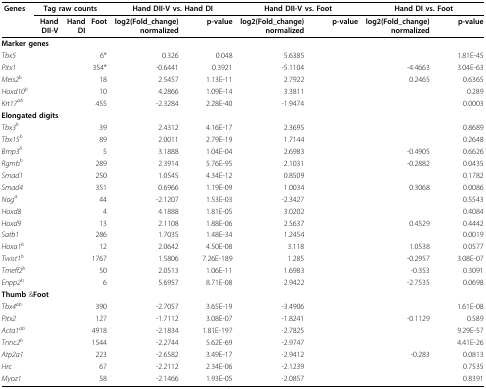
<table><thead><tr><td><b>Genes</b></td><td colspan="3"><b>Tag raw counts</b></td><td colspan="2"><b>Hand DII-V vs. Hand DI</b></td><td colspan="2"><b>Hand DII-V vs. Foot</b></td><td colspan="2"><b>Hand DI vs. Foot</b></td></tr><tr><td>[EMPTY_CELL]</td><td><b>Hand DII-V</b></td><td><b>Hand DI</b></td><td><b>Foot</b></td><td><b>log2(Fold_change) normalized</b></td><td><b>p-value</b></td><td><b>log2(Fold_change) normalized</b></td><td><b>p-value</b></td><td><b>log2(Fold_change) normalized</b></td><td><b>p-value</b></td></tr></thead><tbody><tr><td colspan="4"><b>Marker genes</b></td><td>[EMPTY_CELL]</td><td>[EMPTY_CELL]</td><td>[EMPTY_CELL]</td><td>[EMPTY_CELL]</td><td>[EMPTY_CELL]</td><td>[EMPTY_CELL]</td></tr><tr><td><i>Tbx5</i></td><td>[EMPTY_CELL]</td><td>[EMPTY_CELL]</td><td>6*</td><td>0.326</td><td>0.048</td><td>5.6385</td><td>[EMPTY_CELL]</td><td>[EMPTY_CELL]</td><td>1.81E-45</td></tr><tr><td><i>Pitx1</i></td><td>[EMPTY_CELL]</td><td>[EMPTY_CELL]</td><td>354*</td><td>-0.6441</td><td>0.3921</td><td>-5.1104</td><td>[EMPTY_CELL]</td><td>-4.4663</td><td>3.04E-63</td></tr><tr><td><i>Meis2</i><sup><i>b</i></sup></td><td>[EMPTY_CELL]</td><td>[EMPTY_CELL]</td><td>18</td><td>2.5457</td><td>1.13E-11</td><td>2.7922</td><td>[EMPTY_CELL]</td><td>0.2465</td><td>0.6365</td></tr><tr><td><i>Hoxd10</i><sup><i>b</i></sup></td><td>[EMPTY_CELL]</td><td>[EMPTY_CELL]</td><td>10</td><td>4.2866</td><td>1.09E-14</td><td>3.3811</td><td>[EMPTY_CELL]</td><td>[EMPTY_CELL]</td><td>0.289</td></tr><tr><td><i>Krt17</i><sup><i>ab</i></sup></td><td>[EMPTY_CELL]</td><td>[EMPTY_CELL]</td><td>455</td><td>-2.3284</td><td>2.28E-40</td><td>-1.9474</td><td>[EMPTY_CELL]</td><td>[EMPTY_CELL]</td><td>0.0003</td></tr><tr><td colspan="4"><b>Elongated digits</b></td><td>[EMPTY_CELL]</td><td>[EMPTY_CELL]</td><td>[EMPTY_CELL]</td><td>[EMPTY_CELL]</td><td>[EMPTY_CELL]</td><td>[EMPTY_CELL]</td></tr><tr><td><i>Tbx3</i><sup><i>b</i></sup></td><td>[EMPTY_CELL]</td><td>[EMPTY_CELL]</td><td>39</td><td>2.4312</td><td>4.16E-17</td><td>2.3695</td><td>[EMPTY_CELL]</td><td>[EMPTY_CELL]</td><td>0.8689</td></tr><tr><td><i>Tbx15</i><sup><i>b</i></sup></td><td>[EMPTY_CELL]</td><td>[EMPTY_CELL]</td><td>89</td><td>2.0011</td><td>2.79E-19</td><td>1.7144</td><td>[EMPTY_CELL]</td><td>[EMPTY_CELL]</td><td>0.2648</td></tr><tr><td><i>Bmp3</i><sup><i>b</i></sup></td><td>[EMPTY_CELL]</td><td>[EMPTY_CELL]</td><td>5</td><td>3.1888</td><td>1.04E-04</td><td>2.6983</td><td>[EMPTY_CELL]</td><td>-0.4905</td><td>0.6626</td></tr><tr><td><i>Rgmb</i><sup><i>b</i></sup></td><td>[EMPTY_CELL]</td><td>[EMPTY_CELL]</td><td>289</td><td>2.3914</td><td>5.76E-95</td><td>2.1031</td><td>[EMPTY_CELL]</td><td>-0.2882</td><td>0.0435</td></tr><tr><td><i>Smad1</i></td><td>[EMPTY_CELL]</td><td>[EMPTY_CELL]</td><td>250</td><td>1.0545</td><td>4.34E-12</td><td>0.8509</td><td>[EMPTY_CELL]</td><td>[EMPTY_CELL]</td><td>0.1782</td></tr><tr><td><i>Smad4</i></td><td>[EMPTY_CELL]</td><td>[EMPTY_CELL]</td><td>351</td><td>0.6966</td><td>1.19E-09</td><td>1.0034</td><td>[EMPTY_CELL]</td><td>0.3068</td><td>0.0086</td></tr><tr><td><i>Nog</i><sup><i>a</i></sup></td><td>[EMPTY_CELL]</td><td>[EMPTY_CELL]</td><td>44</td><td>-2.1207</td><td>1.53E-03</td><td>-2.3427</td><td>[EMPTY_CELL]</td><td>[EMPTY_CELL]</td><td>0.5543</td></tr><tr><td><i>Hoxd8</i></td><td>[EMPTY_CELL]</td><td>[EMPTY_CELL]</td><td>4</td><td>4.1888</td><td>1.81E-05</td><td>3.0202</td><td>[EMPTY_CELL]</td><td>[EMPTY_CELL]</td><td>0.4084</td></tr><tr><td><i>Hoxd9</i></td><td>[EMPTY_CELL]</td><td>[EMPTY_CELL]</td><td>13</td><td>2.1108</td><td>1.88E-06</td><td>2.5637</td><td>[EMPTY_CELL]</td><td>0.4529</td><td>0.4442</td></tr><tr><td><i>Satb1</i></td><td>[EMPTY_CELL]</td><td>[EMPTY_CELL]</td><td>286</td><td>1.7035</td><td>1.48E-34</td><td>1.2454</td><td>[EMPTY_CELL]</td><td>[EMPTY_CELL]</td><td>0.0019</td></tr><tr><td><i>Hoxa1</i><sup><i>b</i></sup></td><td>[EMPTY_CELL]</td><td>[EMPTY_CELL]</td><td>12</td><td>2.0642</td><td>4.50E-08</td><td>3.118</td><td>[EMPTY_CELL]</td><td>1.0538</td><td>0.0577</td></tr><tr><td><i>Twist1</i><sup><i>b</i></sup></td><td>[EMPTY_CELL]</td><td>[EMPTY_CELL]</td><td>1767</td><td>1.5806</td><td>7.26E-189</td><td>1.285</td><td>[EMPTY_CELL]</td><td>-0.2957</td><td>3.08E-07</td></tr><tr><td><i>Tmeff2</i><sup><i>b</i></sup></td><td>[EMPTY_CELL]</td><td>[EMPTY_CELL]</td><td>50</td><td>2.0513</td><td>1.06E-11</td><td>1.6983</td><td>[EMPTY_CELL]</td><td>-0.353</td><td>0.3091</td></tr><tr><td><i>Enpp2</i><sup><i>b</i></sup></td><td>[EMPTY_CELL]</td><td>[EMPTY_CELL]</td><td>6</td><td>5.6957</td><td>8.71E-08</td><td>2.9422</td><td>[EMPTY_CELL]</td><td>-2.7535</td><td>0.0698</td></tr><tr><td colspan="4"><b>Thumb </b>&amp;<b>Foot</b></td><td>[EMPTY_CELL]</td><td>[EMPTY_CELL]</td><td>[EMPTY_CELL]</td><td>[EMPTY_CELL]</td><td>[EMPTY_CELL]</td><td>[EMPTY_CELL]</td></tr><tr><td><i>Tbx4</i><sup><i>ab</i></sup></td><td>[EMPTY_CELL]</td><td>[EMPTY_CELL]</td><td>390</td><td>-2.7057</td><td>3.65E-19</td><td>-3.4906</td><td>[EMPTY_CELL]</td><td>[EMPTY_CELL]</td><td>1.61E-08</td></tr><tr><td><i>Pitx2</i></td><td>[EMPTY_CELL]</td><td>[EMPTY_CELL]</td><td>127</td><td>-1.7112</td><td>3.08E-07</td><td>-1.8241</td><td>[EMPTY_CELL]</td><td>-0.1129</td><td>0.589</td></tr><tr><td><i>Acta1</i><sup><i>ab</i></sup></td><td>[EMPTY_CELL]</td><td>[EMPTY_CELL]</td><td>4918</td><td>-2.1834</td><td>1.81E-197</td><td>-2.7825</td><td>[EMPTY_CELL]</td><td>[EMPTY_CELL]</td><td>9.29E-57</td></tr><tr><td><i>Tnnc2</i><sup><i>b</i></sup></td><td>[EMPTY_CELL]</td><td>[EMPTY_CELL]</td><td>1544</td><td>-2.2744</td><td>5.62E-69</td><td>-2.9747</td><td>[EMPTY_CELL]</td><td>[EMPTY_CELL]</td><td>4.41E-26</td></tr><tr><td><i>Atp2a1</i></td><td>[EMPTY_CELL]</td><td>[EMPTY_CELL]</td><td>223</td><td>-2.6582</td><td>3.49E-17</td><td>-2.9412</td><td>[EMPTY_CELL]</td><td>-0.283</td><td>0.0813</td></tr><tr><td><i>Hrc</i></td><td>[EMPTY_CELL]</td><td>[EMPTY_CELL]</td><td>67</td><td>-2.2112</td><td>2.34E-06</td><td>-2.1239</td><td>[EMPTY_CELL]</td><td>[EMPTY_CELL]</td><td>0.7535</td></tr><tr><td><i>Myoz1</i></td><td>[EMPTY_CELL]</td><td>[EMPTY_CELL]</td><td>58</td><td>-2.1466</td><td>1.93E-05</td><td>-2.0857</td><td>[EMPTY_CELL]</td><td>[EMPTY_CELL]</td><td>0.8391</td></tr></tbody></table>